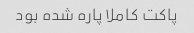
پاکت کاملا پاره شده بود